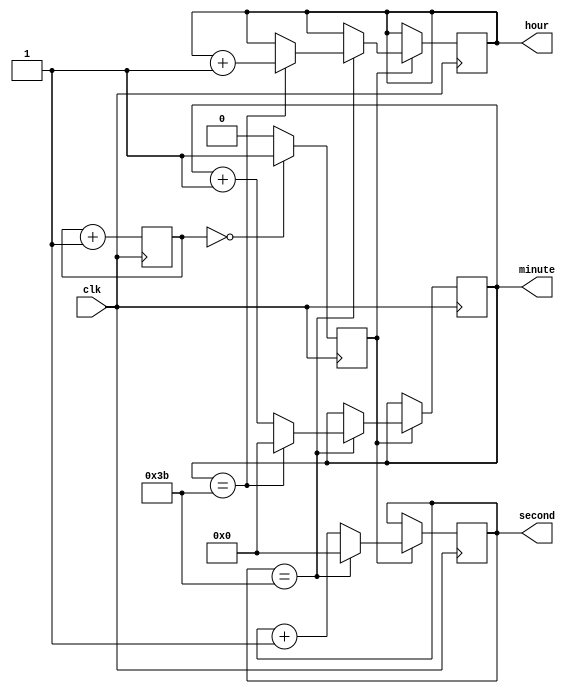
module binary_clock_divider (
    input wire clk,
    output reg [3:0] hour,
    output reg [5:0] minute,
    output reg [5:0] second
);

reg [23:0] count;
reg tick;

// Timing control block - generates clock signal
always @(posedge clk) begin
    count <= count + 1;
    tick <= (count == 0) ? 1'b1 : 1'b0;
end

// Synchronization blocks
always @(posedge clk) begin
    if (tick) begin
        if (second == 59) begin
            second <= 0;
            if (minute == 59) begin
                minute <= 0;
                if (hour == 23) begin
                    hour <= 0;
                end else begin
                    hour <= hour + 1;
                end
            end else begin
                minute <= minute + 1;
            end
        end else begin
            second <= second + 1;
        end
    end
end

endmodule